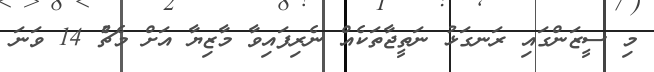
މި ސީޒަންގައި ރަނގަޅު ނަތީޖާތަކެއް ނެރިފައިވާ މާޒިޔާ އަށް މެޗުެ 14 ވަނަ